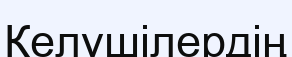
Келушілердің